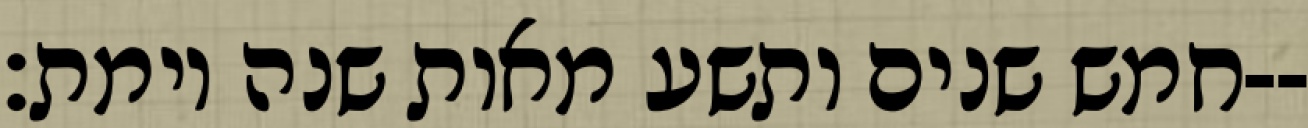
חמש שנים ותשע מאות שנה וימת׃--